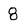
Character: 8